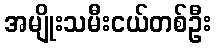
အမျိုးသမီးငယ်တစ်ဦး